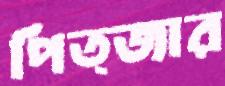
পিত্জার